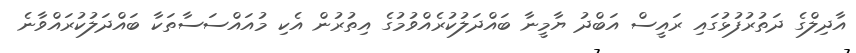
އާދިލްގެ ދަތުރުފުޅުގައި ރައީސް އަބްދު ޔާމީނާ ބައްދަލުކުރެއްވުމުގެ އިތުރުން އެކި މުއައްސަސާތަކާ ބައްދަލުކުރައްވާނެ